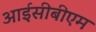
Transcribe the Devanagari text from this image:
आईसीबीएम